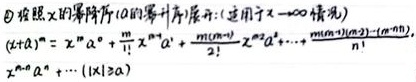
\textcircled{2} 按照 \(x\) 的降幂 ( \(|x|\) 的降幂) 展开: (适用于 \(|x| \to \infty\) 情况)
\[(x + a)^m = x^m a^0 + \frac{m}{1!} x^{m - 1} a^1 + \frac{m(m - 1)}{2!} x^{m - 2} a^2 + \cdots + \frac{m(m - 1)(m - 2)\cdots(m - n + 1)}{n!} x^{m - n} a^n + \cdots (|x| \geq |a|)\]